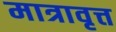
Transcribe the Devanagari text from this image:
मात्रावृत्त